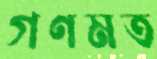
গণমত